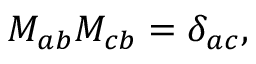
M _ { a b } M _ { c b } = \delta _ { a c } ,